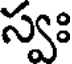
స్వః